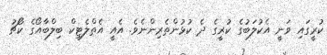
ކުރީގައި ވަނީ އެކުލަބުގެ ކުރީގެ ދެ ކުޅުންތެރިންނެވެ. އެއީ އެތްލެޓިކް ބިލްބާއޯގެ ކޯޗު